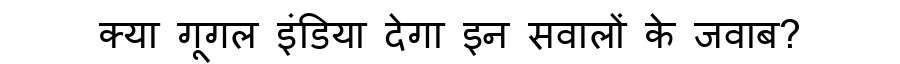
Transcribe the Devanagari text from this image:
क्या गूगल इंडिया देगा इन सवालों के जवाब?